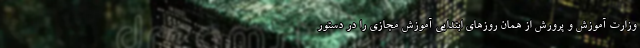
وزارت آموزش و پرورش از همان روزهای ابتدایی آموزش مجازی را در دستور